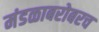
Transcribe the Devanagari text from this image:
मंडळाबरोबरच